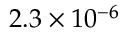
2 . 3 \times 1 0 ^ { - 6 }